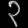
Digit: ၃